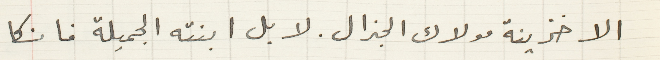
الا خزينة مولاك الجنرال. لا بل ابنته الجميلة فانكا